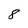
Character: 8